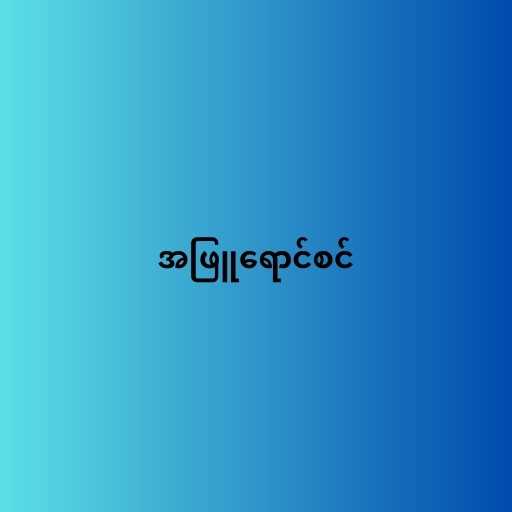
အဖြူရောင်စင်